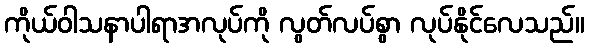
ကိုယ်ဝါသနာပါရာအလုပ်ကို လွတ်လပ်စွာ လုပ်နိုင်လေသည်။